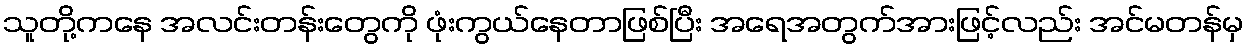
သူတို့ကနေ အလင်းတန်းတွေကို ဖုံးကွယ်နေတာဖြစ်ပြီး အရေအတွက်အားဖြင့်လည်း အင်မတန်မှ